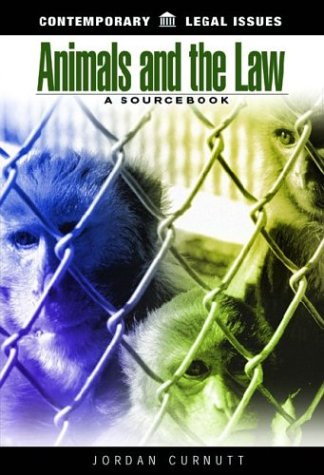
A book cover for Animals and the Law: A Sourcebook; Jordan Curnutt; Science & Math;